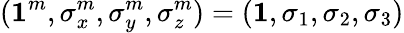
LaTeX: ({\mathbf 1}^{m},\sigma_{x}^{m},\sigma_{y}^{m},\sigma_{z}^{m})=({\mathbf 1},\sigma_{1},\sigma_{2},\sigma_{3})